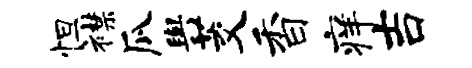
怛襟瓜舆茭香痒吉